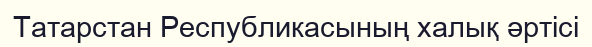
Татарстан Республикасының халық әртісі